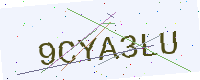
Text: 9CYA3LU